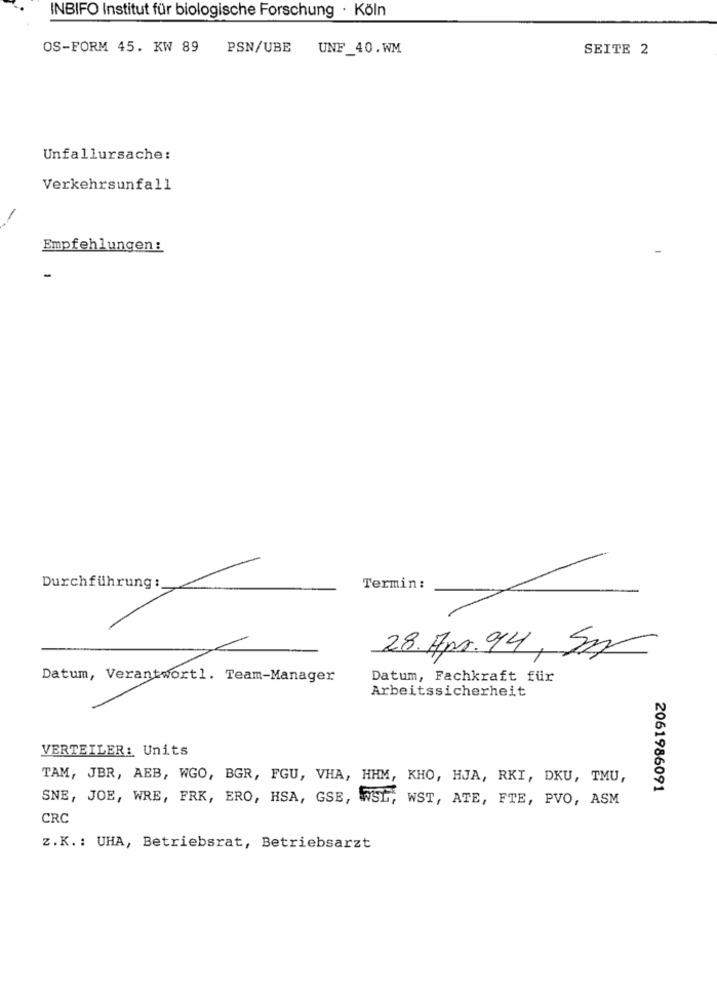
INBIFO Institut für biologische Forschung · Köln
OS-FORM 45. KW 89
PSN/UBE
UNF_40.WM
SEITE 2
Unfallursache:
Verkehrsunfall
Empfehlungen:
-
Durchführung:
Termin :
28. Apr. 94, 5m
Datum, Verantwortl. Team-Manager
Datum, Fachkraft für
Arbeitssicherheit
VERTEILER: Units
TAM, JBR, AEB, WGO, BGR, FGU, VHA, HHM, KHO, HJA, RKI, DKU, TMU,
2061986091
SNE, JOE, WRE, FRK, ERO, HSA, GSE, WSL, WST, ATE, FTE, PVO, ASM
CRC
z. K .: UHA, Betriebsrat, Betriebsarzt